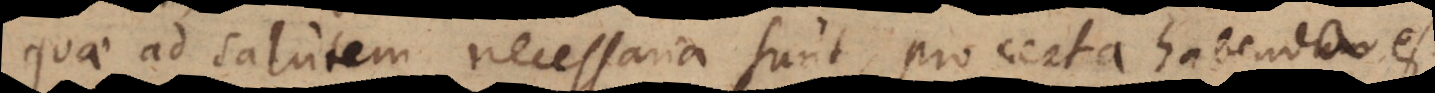
quae ad salutem necessaria sunt, pro certa habenda est,